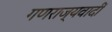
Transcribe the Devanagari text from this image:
गणराज्यवादीं